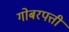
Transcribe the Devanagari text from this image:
गोबरपत्ती